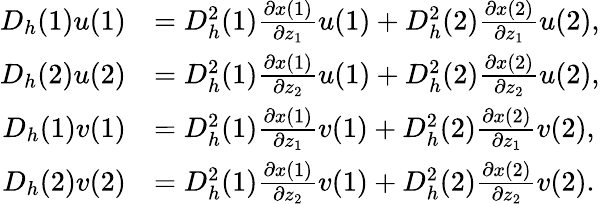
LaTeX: \begin{array}{rl}{D_{h}(1)u(1)}&{=D_{h}^{2}(1)\frac{\partial x(1)}{\partial z_{1}}u(1)+D_{h}^{2}(2)\frac{\partial x(2)}{\partial z_{1}}u(2),}\\ {D_{h}(2)u(2)}&{=D_{h}^{2}(1)\frac{\partial x(1)}{\partial z_{2}}u(1)+D_{h}^{2}(2)\frac{\partial x(2)}{\partial z_{2}}u(2),}\\ {D_{h}(1)v(1)}&{=D_{h}^{2}(1)\frac{\partial x(1)}{\partial z_{1}}v(1)+D_{h}^{2}(2)\frac{\partial x(2)}{\partial z_{1}}v(2),}\\ {D_{h}(2)v(2)}&{=D_{h}^{2}(1)\frac{\partial x(1)}{\partial z_{2}}v(1)+D_{h}^{2}(2)\frac{\partial x(2)}{\partial z_{2}}v(2).}\end{array}